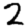
Digit: 2